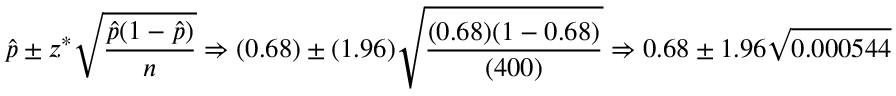
{ \hat { p } } \pm z ^ { * } { \sqrt { \frac { { \hat { p } } ( 1 - { \hat { p } } ) } { n } } } \Rightarrow ( 0 . 6 8 ) \pm ( 1 . 9 6 ) { \sqrt { \frac { ( 0 . 6 8 ) ( 1 - 0 . 6 8 ) } { ( 4 0 0 ) } } } \Rightarrow 0 . 6 8 \pm 1 . 9 6 { \sqrt { 0 . 0 0 0 5 4 4 } }